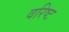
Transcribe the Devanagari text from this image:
वरिष्‍ट